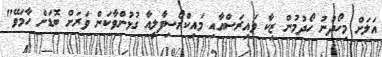
އަލަށް މިހޯދުނު ހޯދުމުން ޒިކާ ވައިރަސްއާއި މައިކްރޯސިފާލީއާ ގުޅުންވާކަން ވަރަށް ބޮޑަށް ހާމަވޭ"